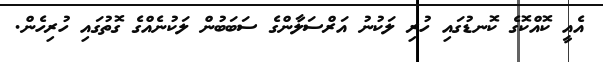
އެއީ ކޮއްކޮގެ ކޮނޑުގައި ހުރި ލަކުނު އަރްސަލާންގެ ސަބަބުން ލަކުނެއްގެ ގޮތުގައި ހުރިހެން.